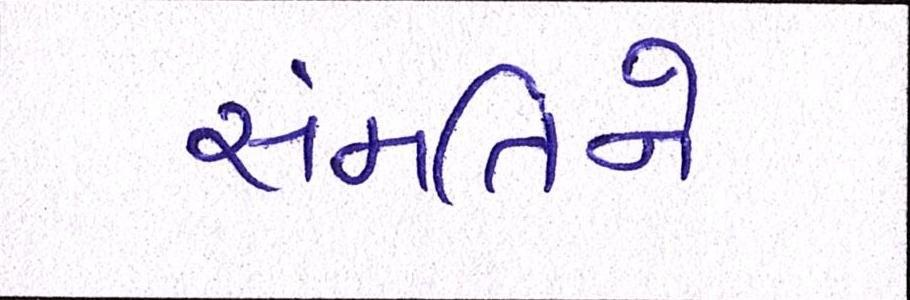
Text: સંમતિને